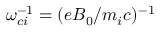
\omega _ { c i } ^ { - 1 } = ( e B _ { 0 } / m _ { i } c ) ^ { - 1 }